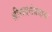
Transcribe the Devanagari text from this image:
श्रीरूद्रसंप्रदाय